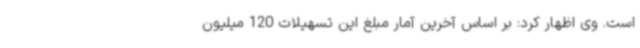
است. وی اظهار کرد: بر اساس آخرین آمار مبلغ این تسهیلات 120 میلیون